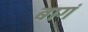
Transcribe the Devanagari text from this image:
बागं